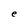
Character: e